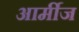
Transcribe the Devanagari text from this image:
आर्मीज